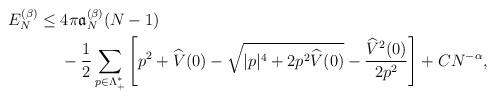
LaTeX: \begin{align*} E_N^{(\beta)} \le\;& 4\pi \mathfrak{a}_N^{(\beta)}(N-1)\\&-\frac{1}{2}\sum_{p\in \Lambda_+^*}\left[ p^2+\widehat V(0)-\sqrt{|p|^4+2p^2 \widehat{V}(0)}-\frac{\widehat{V}^2(0)}{2p^2}\right]+ CN^{-\alpha},\end{align*}